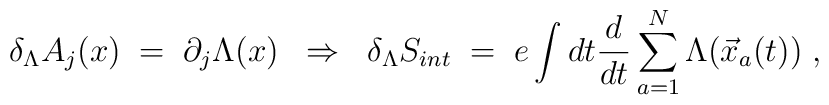
\delta_\Lambda A_j (x) \;=\; \partial_j \Lambda (x)\;\;\Rightarrow\;\;\delta_\Lambda S_{int} \;=\; e \int dt \frac{d}{dt} \sum_{a=1}^N\Lambda({\vec x}_a(t)) \;,